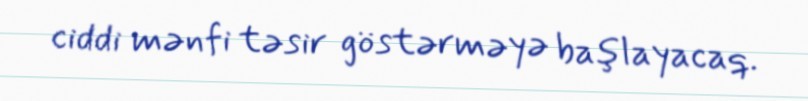
ciddi mənfi təsir göstərməyə başlayacaq.